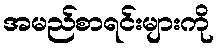
အမည်စာရင်းများကို